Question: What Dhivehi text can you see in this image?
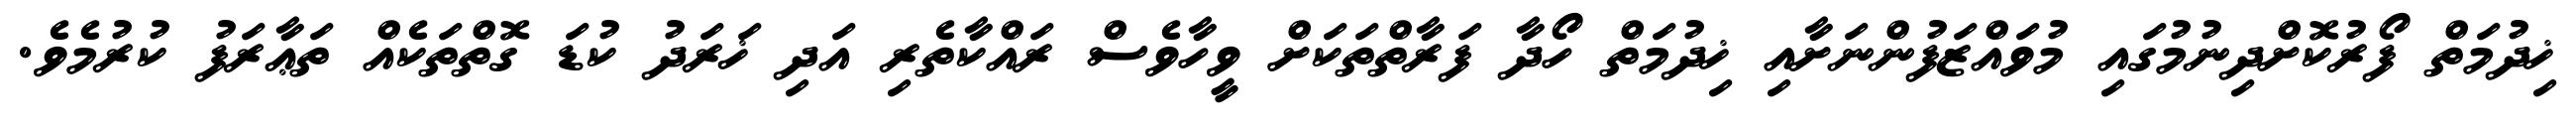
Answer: ޚިދުމަތް ފޯރުކޮށްދިނުމުގައި މުވައްޒަފުންނަށާއި ޚިދުމަތް ހޯދާ ފަރާތްތަކަށް ވީހާވެސް ރައްކާތެރި އަދި ޚަރަދު ކުޑަ ގޮތްތަކެއް ތަޢާރަފު ކުރުމެވެ.